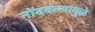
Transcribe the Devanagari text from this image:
नोंदवल्यामुळे